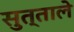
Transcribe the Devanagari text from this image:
सुत्ताले